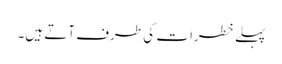
پہلے خطرات کی طرف آتے ہیں۔